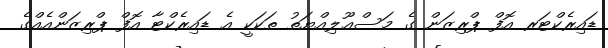
ޑައިރެކްޓަރ އޮފް ޕްރިޒަން ގެ މަސްޢޫލިއްޔަތު ތަކަކީ އެ ޑައިރެކްޓާ އޮފް ޕްރިޒަންއެއްގެ